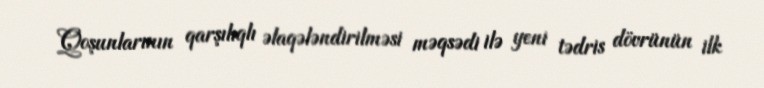
Qoşunlarının qarşılıqlı əlaqələndirilməsi məqsədi ilə yeni tədris dövrünün ilk